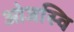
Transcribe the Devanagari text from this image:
ओजस्वि